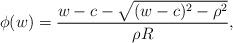
LaTeX: \begin{align*} \phi(w) = \frac{w - c - \sqrt{(w-c)^2 - \rho^2 }}{\rho R}, \end{align*}